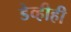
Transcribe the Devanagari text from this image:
डेव्हीही